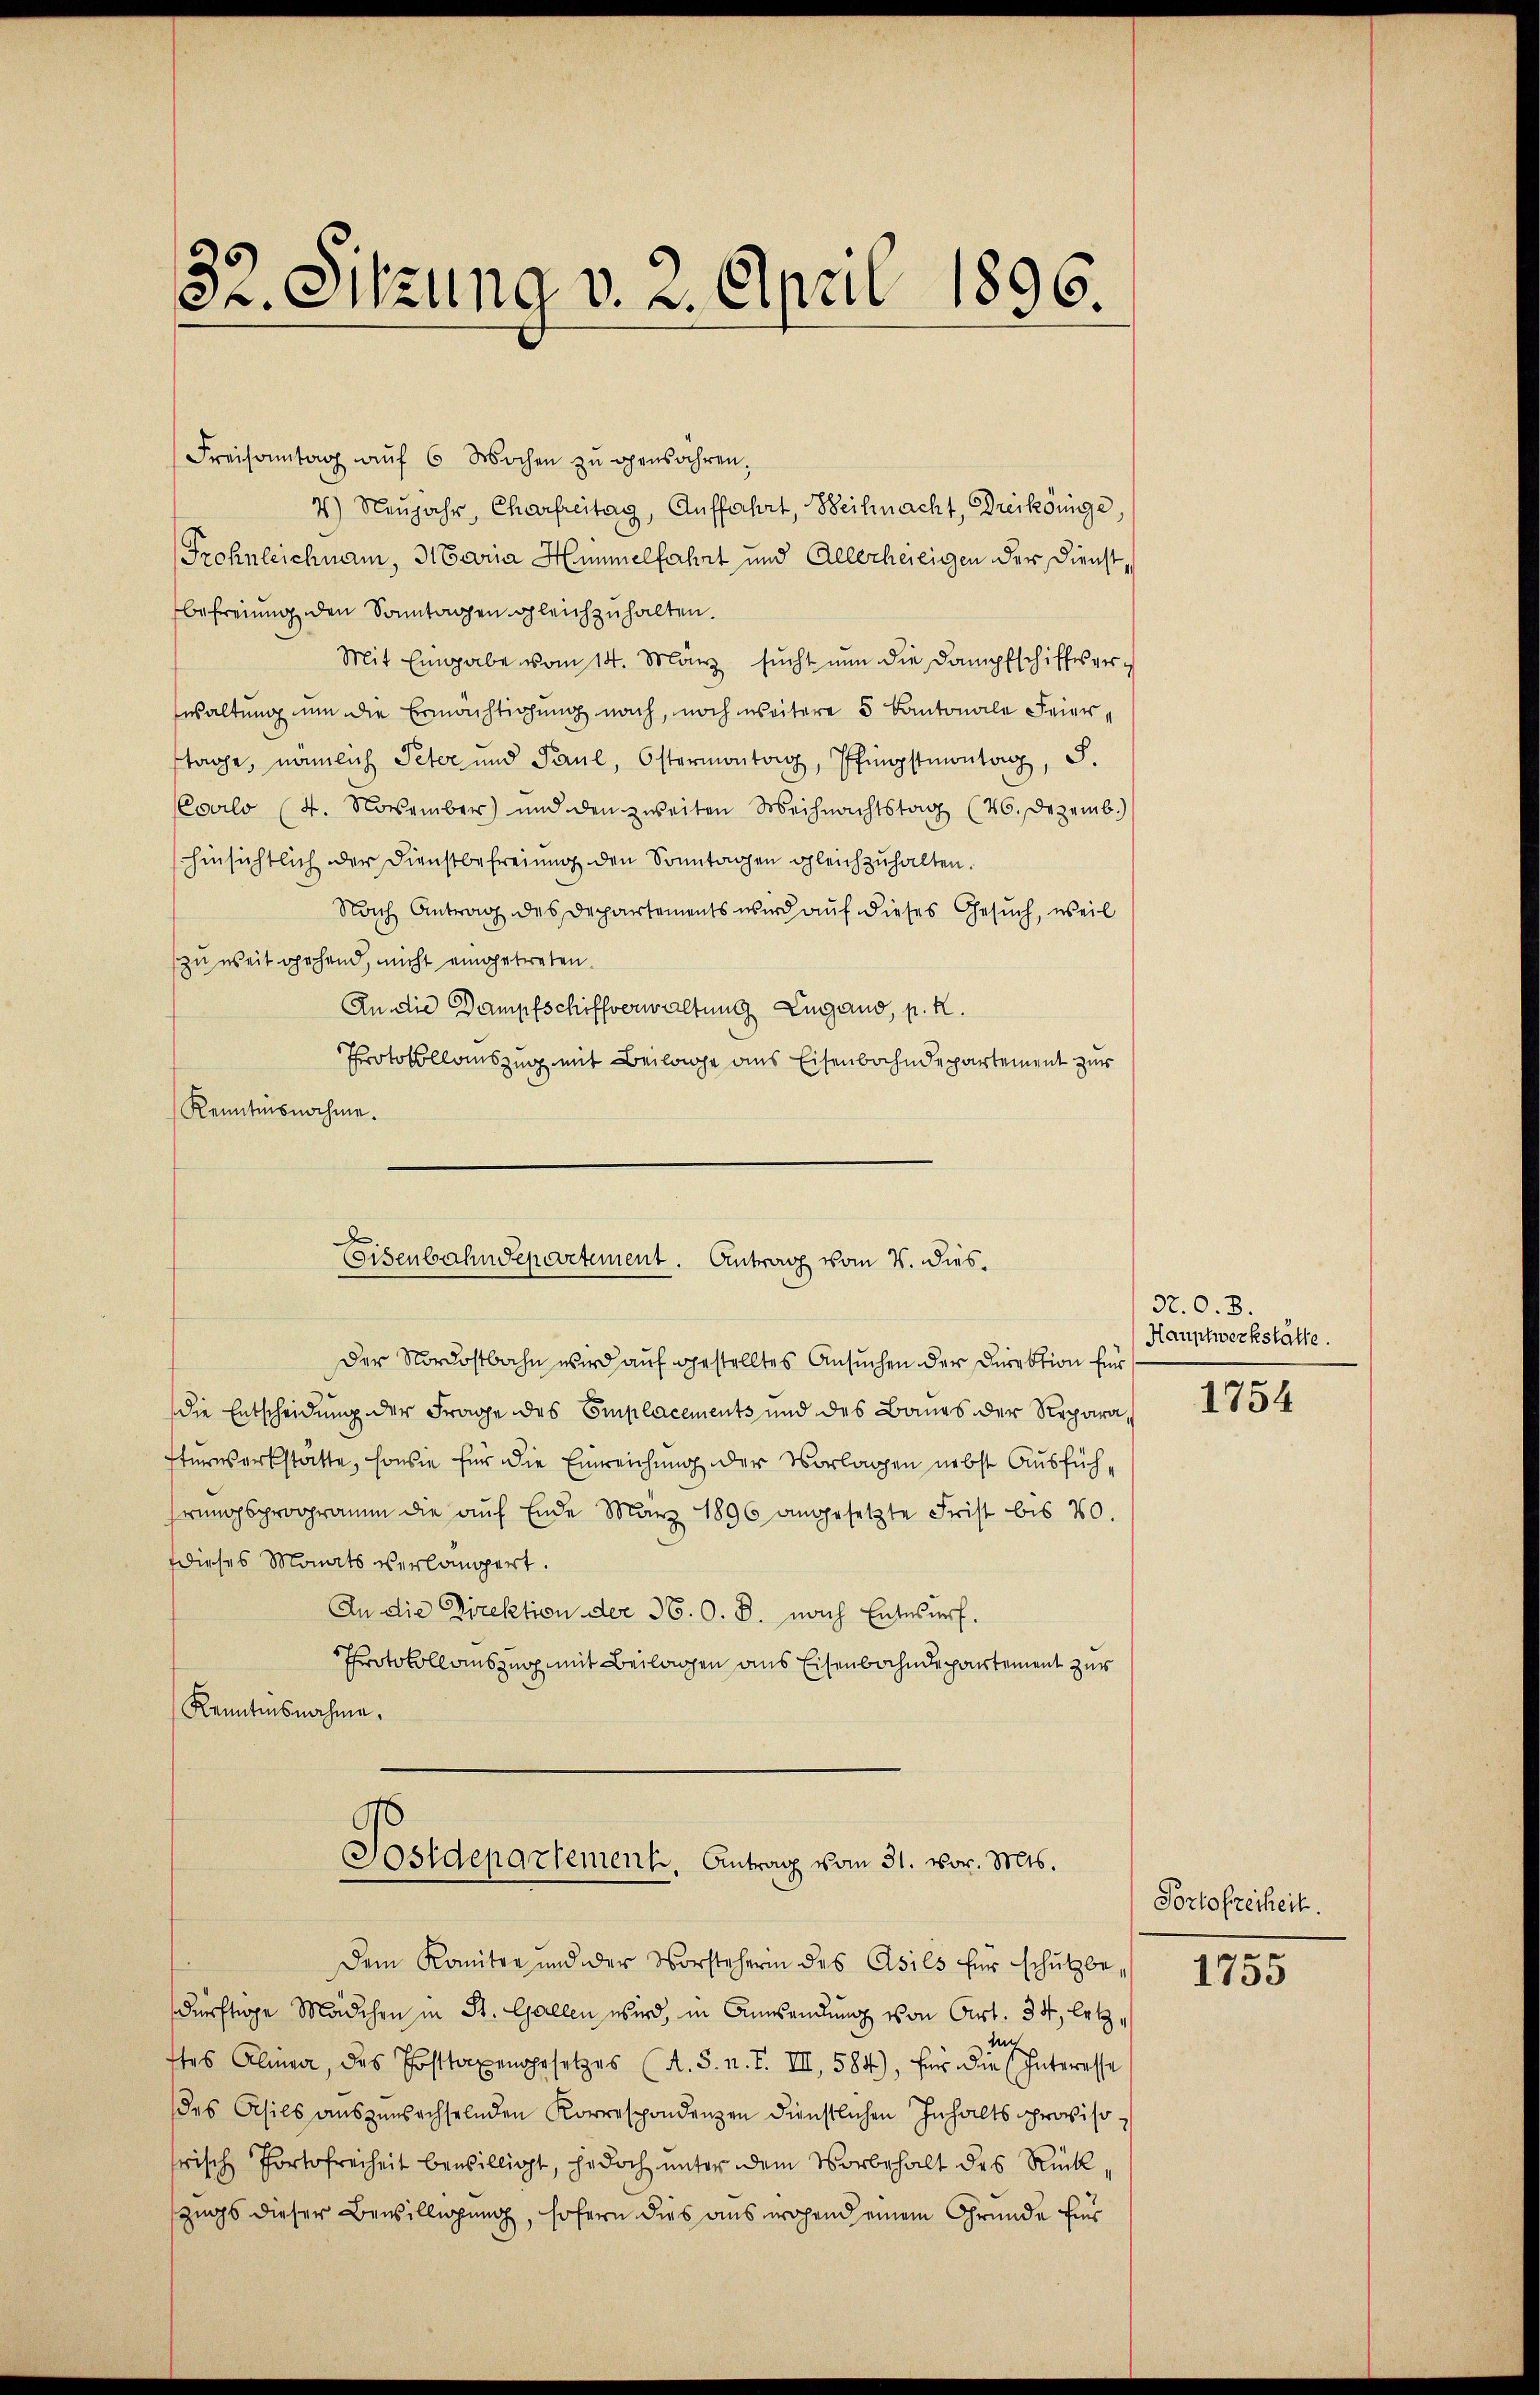
3
et. Sitzung v. 2. April 1896.

Freisantag aŭf 6 Wochen zŭ genähren,
4) Neŭjahr Charfreitag, Auffahrt, Beihnacht, Dreikönige
Frohnleichnam, Maria Himmelfahrt und Allerhereigen der Dienst,
befreiung den Sonntagen gleichzuhalten.
Mit Eingabe vom 14. März sŭcht nun die Dampfschiffes verwaltung um die Ermächtigung nach, noch weitere 5 Kantonale Feiertage, nämlich Peter und Paul, Östermontag, Pfingstmontag, S.
(Cocilo (4. November) und den zweiten Weihnachtstag (46. Dezemb.)
hinsichtlich der Dienstbefreiung den Sonntagen gleichzuhalten.
Nach Antrag des Departements wird auf dieses Gesuch, weil
zu weit gehend, nicht eingetreten.
An die Dampfschiffverwaltung Lugano, p. K.
Protokollauszug mit Beilage aus Eisenbahndepartement zur
Kenntnisnahme.
Der Nordostbahn wird auf gestelltes Ansuchen der Direktion für
die Entscheidung der Frage des Emplacements und des Baues der Reparasterwerkstatte, sowie für die Einreichung der Vorlagen nebst Ausfühhrungsprogramm die auf Ende März 1896 angesetzte Frist bis 20.
Dieses Monats verlängert.
An die Direktion der 36. O. B. nach Entwurf.
Protokollauszug mit Beilagen aus Eisenbahndepartement zur
Kenntnisnahme.
Postdepartement. Antrag vom 31. vor. Mts.
dem Komitee und der Vorsteherin des Asils für schutzbe-
dürftige Mädchen in St. Gallen wird, in Aussendung von Art. 34, Erb¬
U
tes Alina, des Posttaxengesetzes (A. S. n. F. III, 584), für die (Interesse
des Asils auszuwechselnden Korrespondenzen dienstlichen Inhalts proviso
risch Portofreiheit bewilligt, jedoch unter dem Vorbehalt des Rück
zugs dieser Bewilligung, sofern dies auserchend einem Grunde find

J
Eisenbahndepartement. Antrag vom 4. dies¬

S. O. B.
Hauptwerkstätte.

1754

Portofzeiheit.

1755